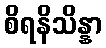
စိရနိသိန္နာ